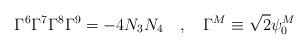
LaTeX: \begin{align*}\Gamma^6 \Gamma^7 \Gamma^8 \Gamma^9 = - 4 N_3 N_4~~~,~~~\Gamma^{M} \equiv\sqrt{2} \psi_{0}^{M}\end{align*}